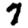
Digit: 7